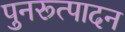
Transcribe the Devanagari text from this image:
पुनरूत्पादन